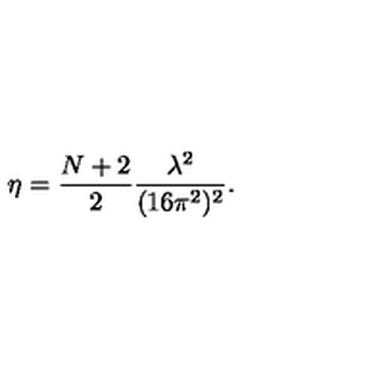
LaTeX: \eta = \frac { N + 2 } { 2 } \frac { \lambda ^ { 2 } } { ( 1 6 \pi ^ { 2 } ) ^ { 2 } } .